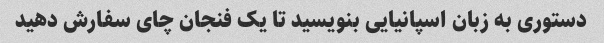
دستوری به زبان اسپانیایی بنویسید تا یک فنجان چای سفارش دهید